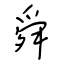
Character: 舜